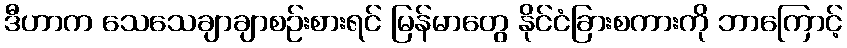
ဒီဟာက သေသေချာချာစဉ်းစားရင် မြန်မာတွေ နိုင်ငံခြားစကားကို ဘာကြောင့်